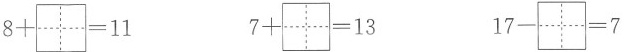
$$8+\aquare =11$$ $$7+\aquare =13$$ $$17-\aquare =7$$